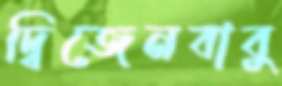
দ্বিজেনবাবু